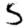
Digit: 5